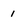
Character: i